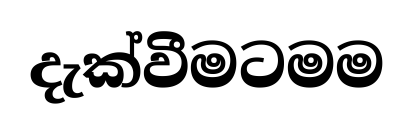
දැක්වීමටමම